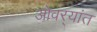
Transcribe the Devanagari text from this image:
ओवर्‍यांत